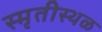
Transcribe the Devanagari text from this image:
स्मृतीस्थळ